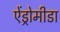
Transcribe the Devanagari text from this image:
ऐंड्रोमीडा